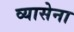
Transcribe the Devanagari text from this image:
व्यासेना